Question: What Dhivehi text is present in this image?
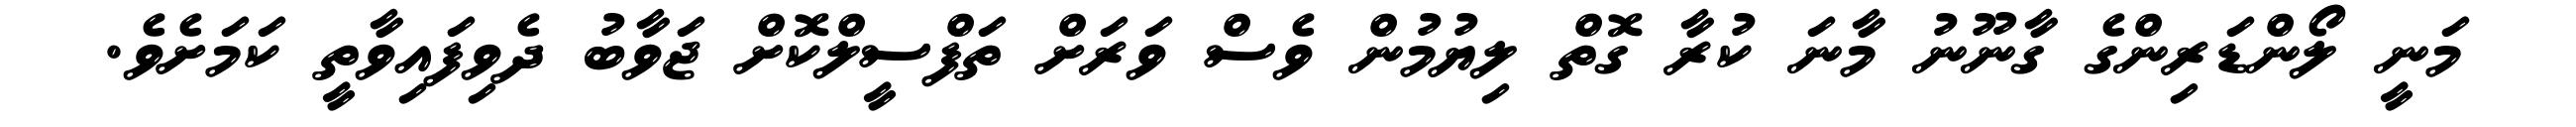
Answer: މަނީ ލޯންޑަރިންގެ ގާނޫނު މާނަ ކުރާ ގޮތް ލިޔުމުން ވެސް ވަރަށް ތަފްސީލްކޮށް ޖަވާބު ދެވިފައިވާތީ ކަމަށެވެ.